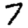
Digit: 7